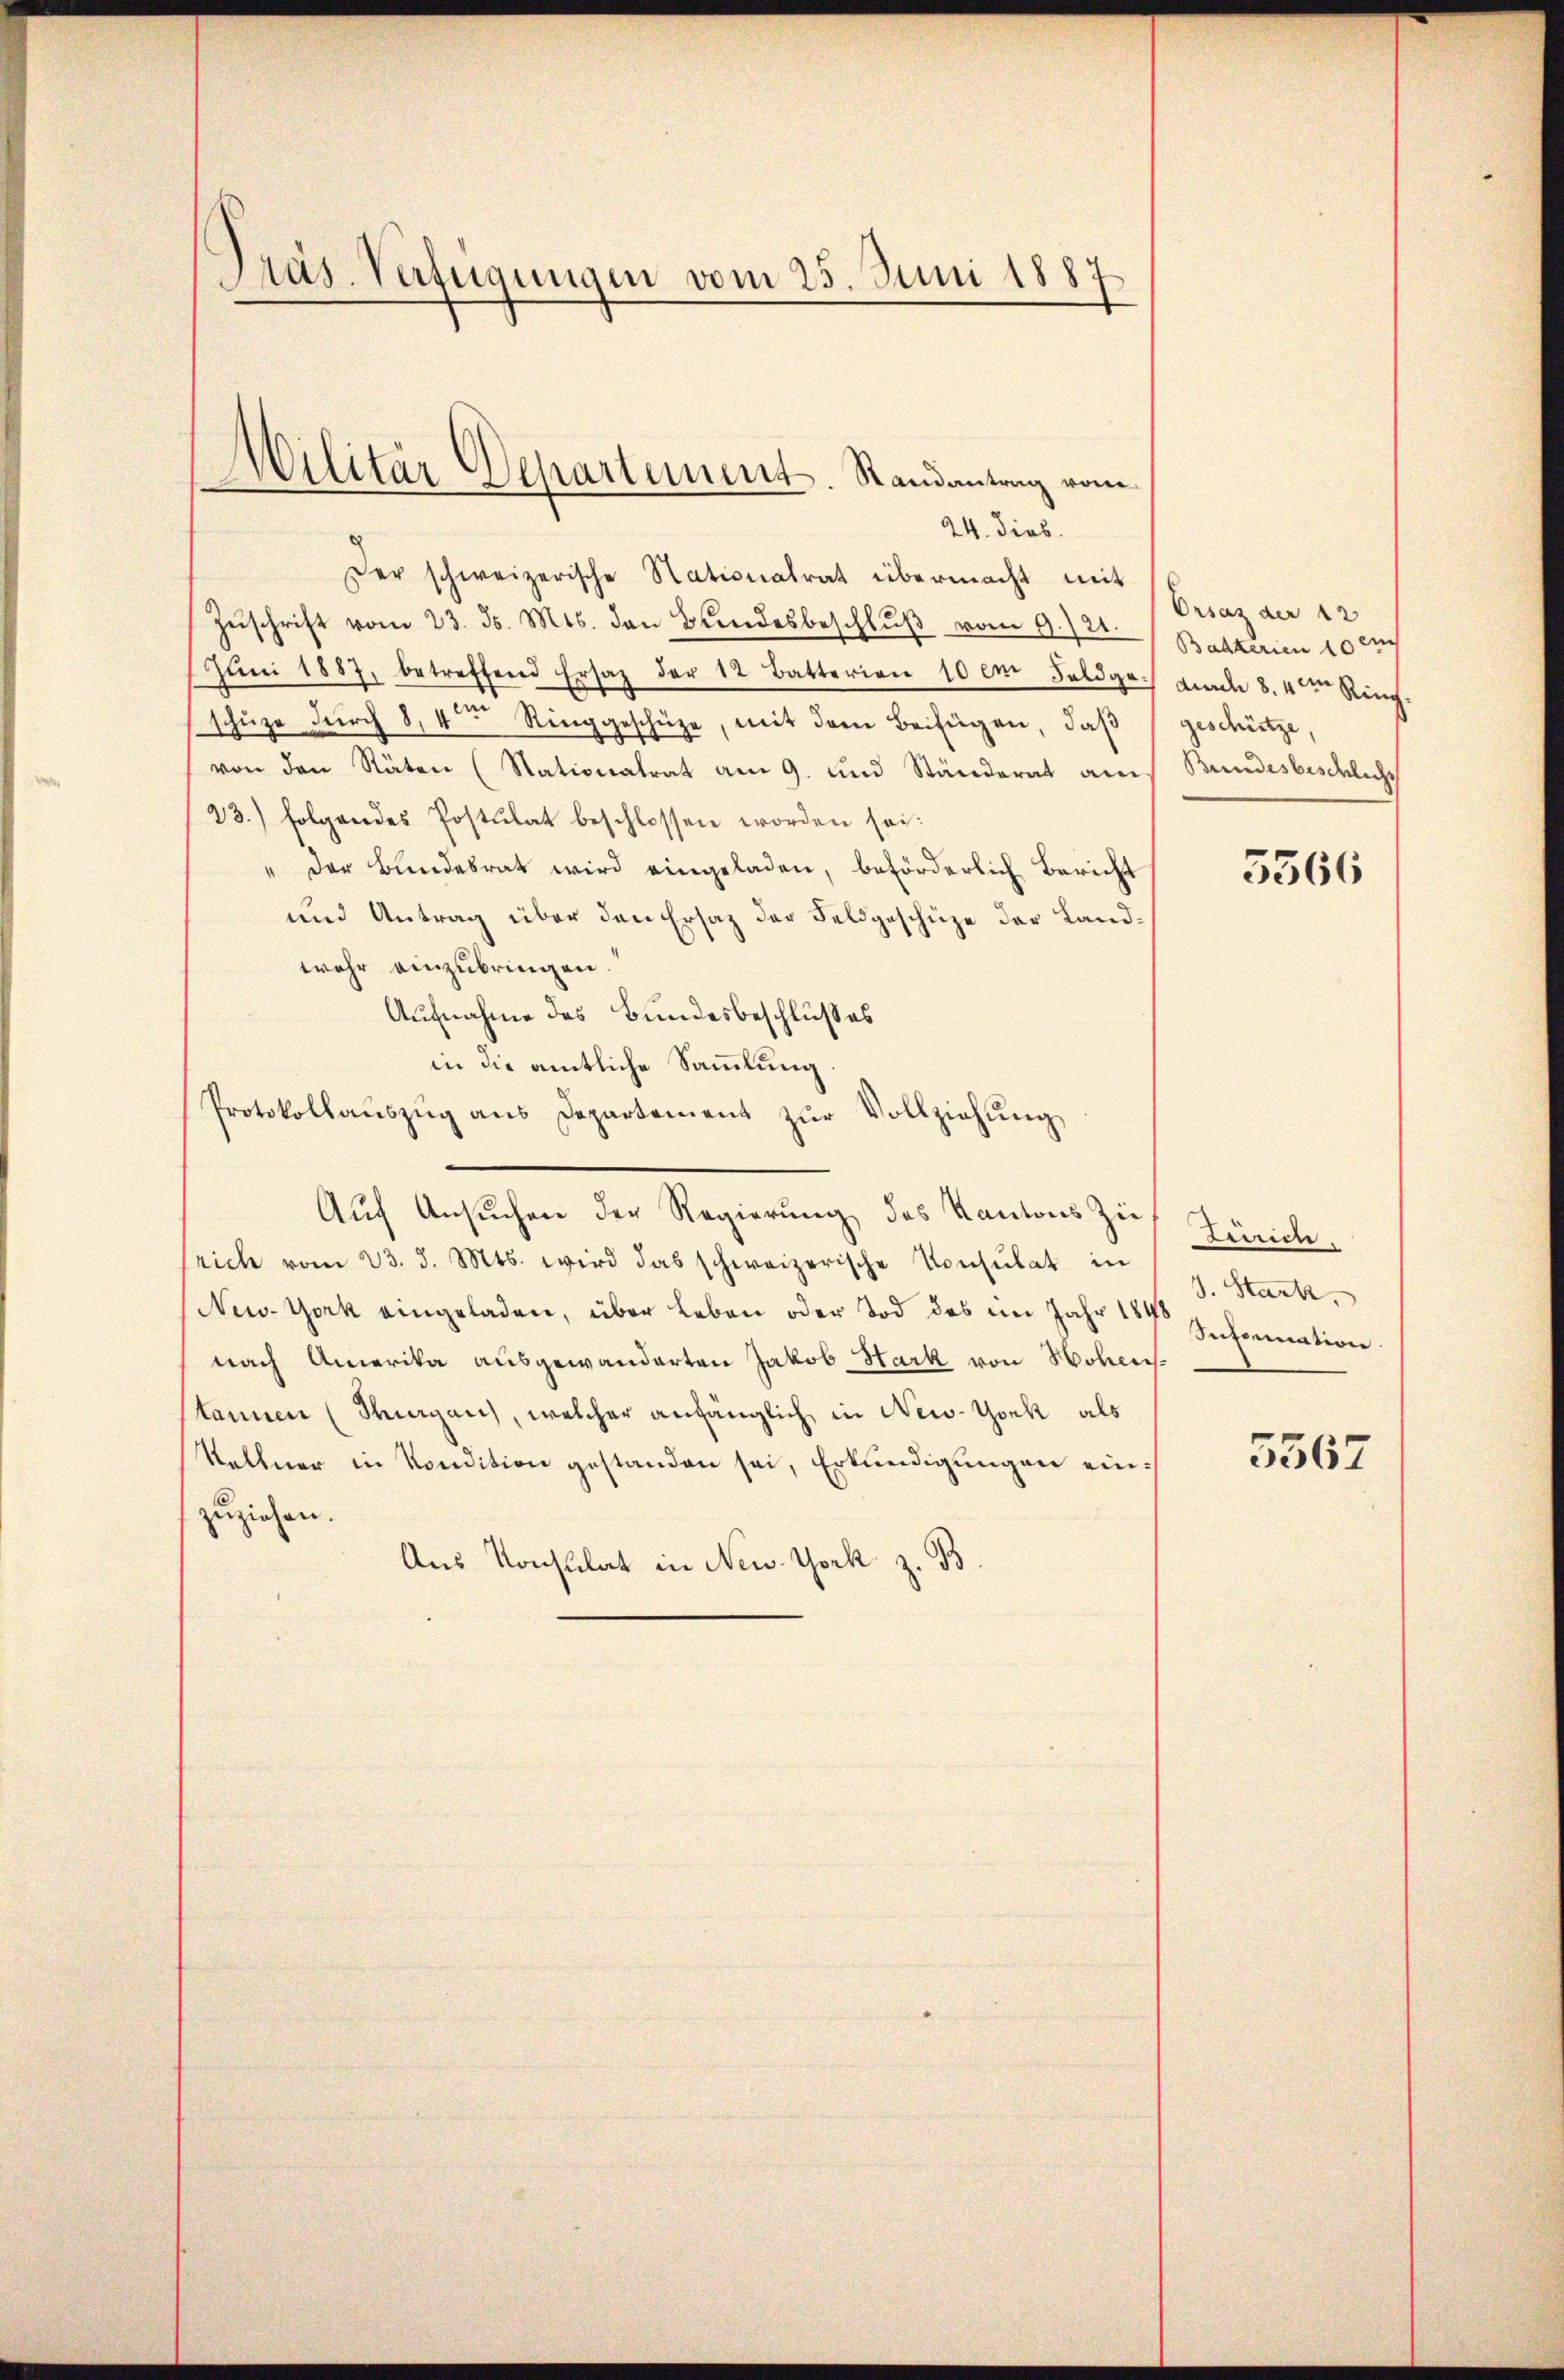
Präs. Verfügungen vom 25. Juni 1887

Der schweizerische Stationalrat übermacht mit
Zŭschrift vom 23. ds. Mts. den Bŭndesbeschlŭβ vom 9./21.
Jŭni 1887, betreffend Ersatz der 12 Batterien 10 em Feldge. ad 8. 4ten Rich-
schüze durch 8,4 Ringgeschütze, mit dem Beifügen, daß
von den Räten (Nationatrat am 9. und Ständerat am
23.) folgendes Postulat beschlossen worden sei.
" der Bundesrat wird eingeladen, beförderlich Bericht
und Antrag über den Ersatz der Feldgeschüze der Landwahr einzubringen.
Aufnahme des Bundesbeschlußes
in die amtliche Sammlung
Protokollaŭszŭg ans Departement zŭr Vollziehŭng
Auf Ansuchen der Regierung des Kantons Zie
srich vom 23. d. Mts. wird das schweizerische Konsulat in
New-York eingeladen, über Leben oder Tod des im Jahr 177 Infornation.
nach Amerika ausgewanderten Jakob Hark von Hohenstannen (Margau, welcher anfänglich in New-York als
Kellner in Kondition gestanden sei, Erkundigungen einzuziehen.
Aus Konsulat in New-York z. B.

Militär Departement. Randantrag vom
24. Dieb.

Orsaz der 12
Bakterien 10 auch
geschütze,
Bundesbeschlichs

5366

Zürich.
J. Stark.

5567